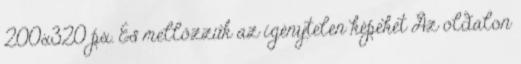
200x320 px. És mellőzzük az igénytelen képeket Az oldalon